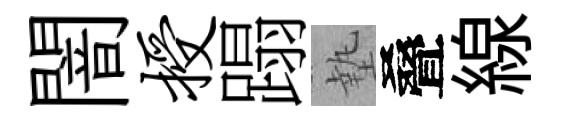
闇授蹋墊叠線